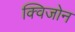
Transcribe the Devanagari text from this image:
क्विजोन